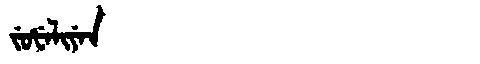
Manchu: ᠵᡠᡶᡝᠯᡳᠶᡝᠨ
Romanization: JUFELIYEN